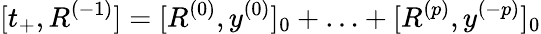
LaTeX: [t_{+},R^{(-1)}]=[R^{(0)},y^{(0)}]_{0}+\ldots+[R^{(p)},y^{(-p)}]_{0}